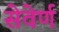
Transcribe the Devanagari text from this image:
सेवेर्ण